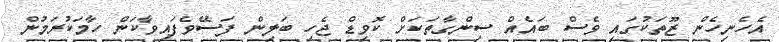
އެހެނިހެން ޒޫތަކުގައި ވެސް ބައެއް ސިންގާތަކަށް ކޮވިޑް ޖެހި ބަލިން ފަސޭވެފައިވާކަން ހާމަކުރަމުން